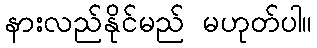
နားလည်နိုင်မည် မဟုတ်ပါ။